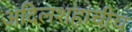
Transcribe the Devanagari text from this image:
अदिलशहाचीच